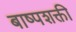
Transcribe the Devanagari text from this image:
बाष्पशक्ती